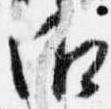
御